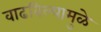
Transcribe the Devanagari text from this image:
वाढविल्यामुळे